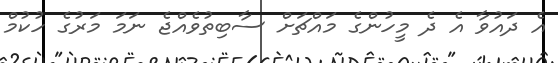
އެ ދައުވާ އެ ދެ މީހުންގެ މައްޗަށް ސާބިތުވެއްޖެ ނަމަ މަރުގެ ހުކުމް